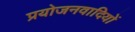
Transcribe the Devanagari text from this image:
प्रयोजनवादियों